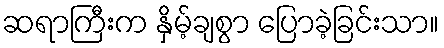
ဆရာကြီးက နှိမ့်ချစွာ ပြောခဲ့ခြင်းသာ။